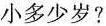
小多少岁？